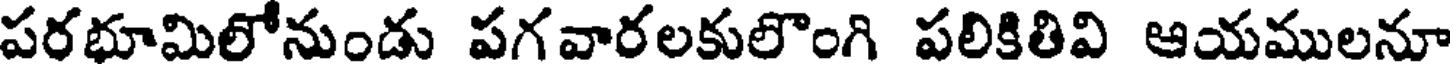
పరభూమిలోనుండు పగవారలకులొంగి పలికితివి ఆయములనూ